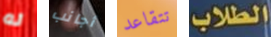
له أجانب تتقاعد الطلاب